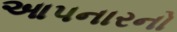
આપનારનો